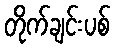
တိုက်ချင်းပစ်